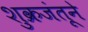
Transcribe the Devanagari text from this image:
शुक्रजंतूने